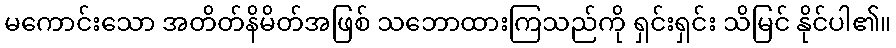
မကောင်းသော အတိတ်နိမိတ်အဖြစ် သဘောထားကြသည်ကို ရှင်းရှင်း သိမြင် နိုင်ပါ၏။